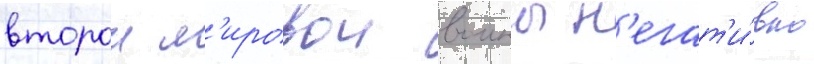
второи м'ировои воины н'егат'и́вно